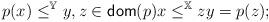
LaTeX: \begin{align*}p(x) \leq^{\mathbb{Y}} y, z \in \mathsf{dom}(p)x \leq^{\mathbb{X}}z y = p(z);\end{align*}